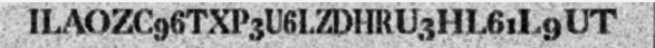
ILAOZC96TXP3U6LZDHRU3HL61L9UT